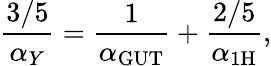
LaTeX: \frac{3/5}{\alpha_{Y}}=\frac{1}{\alpha_{\mathrm{GUT}}}+\frac{2/5}{\alpha_{\mathrm{1H}}},